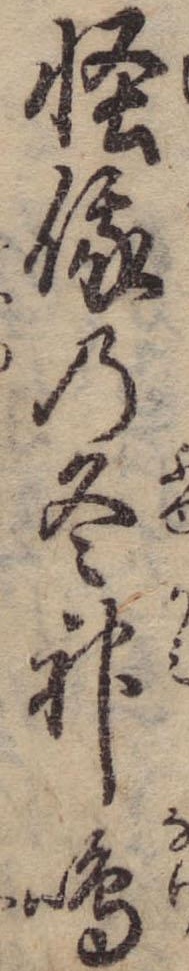
怪俄の冬神鳴